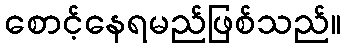
စောင့်နေရမည်ဖြစ်သည်။